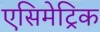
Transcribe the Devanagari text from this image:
एसिमेट्रिक